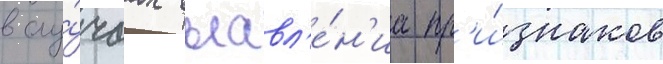
в слу́чаах выавл'е́н'иа пр'и́знаков